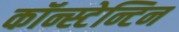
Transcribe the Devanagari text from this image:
कॉन्स्टेन्टिन